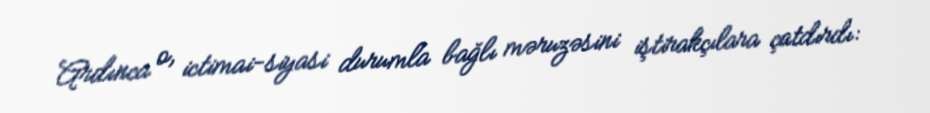
Ardınca o, ictimai-siyasi durumla bağlı məruzəsini iştirakçılara çatdırdı: